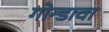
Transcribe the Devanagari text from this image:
गोन्डावा